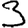
Digit: 3